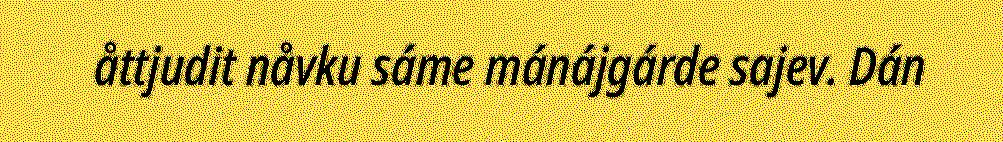
åttjudit nåvku sáme mánájgárde sajev. Dán